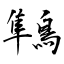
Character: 鶽